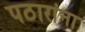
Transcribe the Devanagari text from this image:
पठारांना